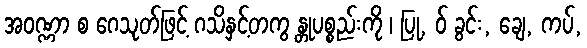
အဝဏ္ဏာ စ ဂေသုတ်ဖြင့် ဂသိနှင့်တကွ န္တုပစ္စည်းကို ၊ ပြု, ဝ် ခွင်း, ချေ, ကပ်,